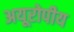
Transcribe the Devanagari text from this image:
अयूरोपीय